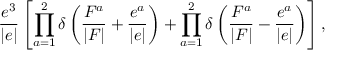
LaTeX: \frac { e ^ { 3 } } { | e | } \left[ \prod _ { a = 1 } ^ { 2 } \delta \left( \frac { F ^ { a } } { | F | } + \frac { e ^ { a } } { | e | } \right) + \prod _ { a = 1 } ^ { 2 } \delta \left( \frac { F ^ { a } } { | F | } - \frac { e ^ { a } } { | e | } \right) \right] ,